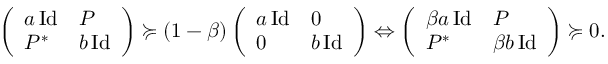
\begin{array} { r } { \left( \begin{array} { l l } { a \, \mathrm { I d } } & { P } \\ { P ^ { * } } & { b \, \mathrm { I d } } \end{array} \right) \succcurlyeq ( 1 - \beta ) \left( \begin{array} { l l } { a \, \mathrm { I d } } & { 0 } \\ { 0 } & { b \, \mathrm { I d } } \end{array} \right) \Leftrightarrow \left( \begin{array} { l l } { \beta a \, \mathrm { I d } } & { P } \\ { P ^ { * } } & { \beta b \, \mathrm { I d } } \end{array} \right) \succcurlyeq 0 . } \end{array}